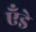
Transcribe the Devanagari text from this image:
एँडे